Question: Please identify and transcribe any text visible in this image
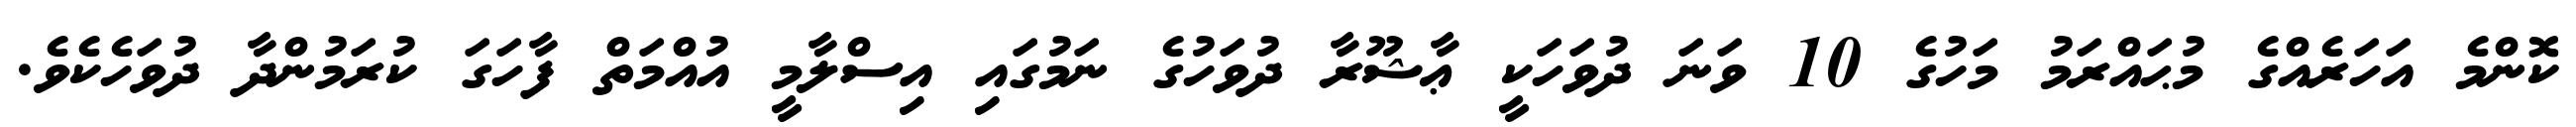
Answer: ކޮންމެ އަހަރެއްގެ މުޙައްރަމު މަހުގެ 10 ވަނަ ދުވަހަކީ ޢާޝޫރާ ދުވަހުގެ ނަމުގައި އިސްލާމީ އުއްމަތް ފާހަގަ ކުރަމުންދާ ދުވަހެކެވެ.